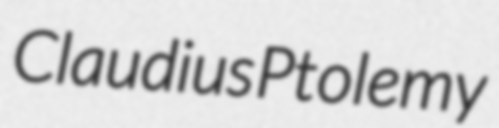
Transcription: Claudius Ptolemy